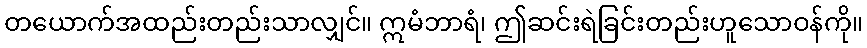
တယောက်အထည်းတည်းသာလျှင်။ ဣမံဘာရံ၊ ဤဆင်းရဲခြင်းတည်းဟူသောဝန်ကို။